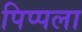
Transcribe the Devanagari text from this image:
पिप्पला